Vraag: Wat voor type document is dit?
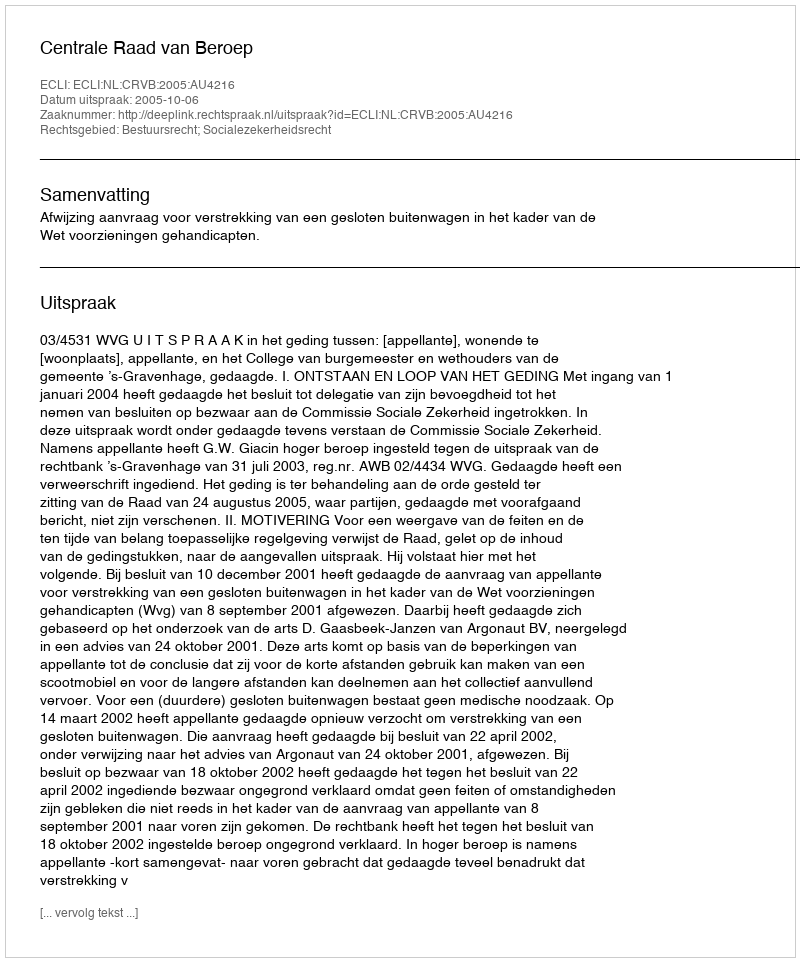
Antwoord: Uitspraak